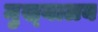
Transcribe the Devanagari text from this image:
मुख्‌यालय